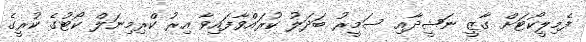
ފެމިލީކޯޓަށް ގާޒީ ނަޝީދާއި ސަމީރު ބަދަލު ކުރައްވާފައިވާ އިރު ކްރިމިނަލް ކޯޓުގެ ކުރީގެ